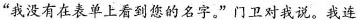
”我没有在表单上看到您的名字。”门卫对我说。我连